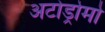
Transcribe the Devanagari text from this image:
अटोड्रोमो